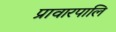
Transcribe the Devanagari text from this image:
प्रावारपालि